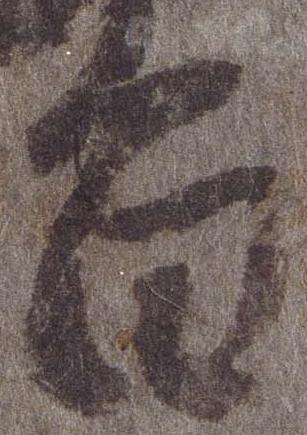
旨